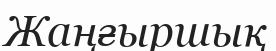
Жаңғыршық